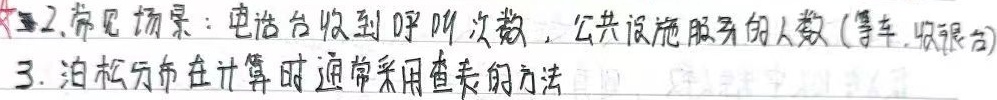
2. 常见场景：电话台收到呼叫次数，公共设施服务的人数（等车、收银台）
3. 泊松分布在计算时通常采用查表的方法